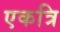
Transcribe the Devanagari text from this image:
एकत्रि